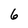
Character: 6